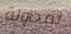
لمحاولة